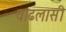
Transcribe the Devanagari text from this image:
वाढलासी